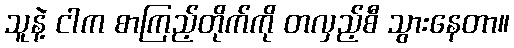
သူနဲ့ ငါက စာကြည့်တိုက်ကို တလှည့်စီ သွားနေတာ။